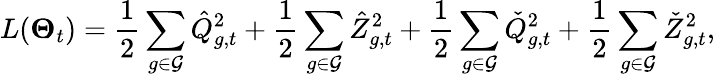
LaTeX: L(\boldsymbol{\Theta}_{t})=\frac{1}{2}\sum_{g\in{\mathcal{G}}}\hat{Q}_{g,t}^{2}+\frac{1}{2}\sum_{g\in{\mathcal{G}}}\hat{Z}_{g,t}^{2}+\frac{1}{2}\sum_{g\in{\mathcal{G}}}\check{Q}_{g,t}^{2}+\frac{1}{2}\sum_{g\in{\mathcal{G}}}\check{Z}_{g,t}^{2},